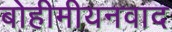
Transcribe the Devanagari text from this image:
बोहीमीयनवाद